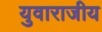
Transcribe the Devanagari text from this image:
युवाराजीय